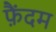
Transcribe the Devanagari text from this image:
फ़ैंदम